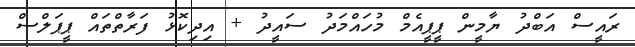
ރައީސް އަބްދު ޔާމީން ޕީޕީއެމް މުހައްމަދު ސައީދު + އިދިކޮޅު ފަރާތްތައް ޕީޕަލްސް